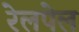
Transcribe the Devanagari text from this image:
रेलपेल